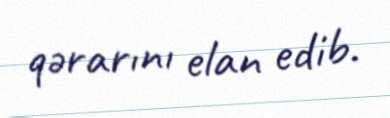
qərarını elan edib.